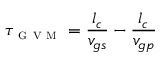
\tau _ { \textsc { g v m } } = \frac { l _ { c } } { v _ { g s } } - \frac { l _ { c } } { v _ { g p } }